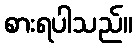
စားရပါသည်။